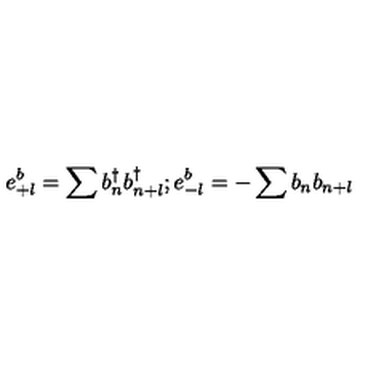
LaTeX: e _ { + l } ^ { b } = \sum b _ { n } ^ { \dagger } b _ { n + l } ^ { \dagger } ; e _ { - l } ^ { b } = - \sum b _ { n } b _ { n + l }